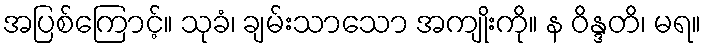
အပြစ်ကြောင့်။ သုခံ၊ ချမ်းသာသော အကျိုးကို။ န ဝိန္ဒတိ၊ မရ။